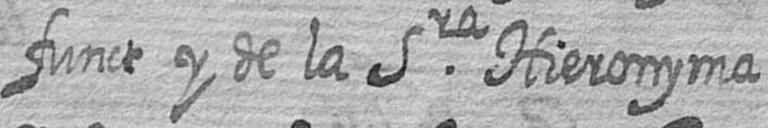
funct y de la Sra Hieronyma